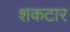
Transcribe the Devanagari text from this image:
शकटार